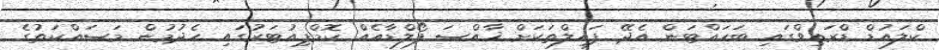
ކްލައުޑް ޑްރައިވްގައި ބަހައްޓަން އެދޭ ފައިލްތަކަށް ޚާއްސަ ފޯލްޑާއެއް ކޮމްޕިއުޓަރުގައި ހެދުމުން މަސައްކަތުގެ